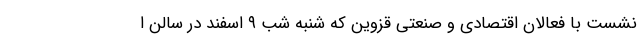
نشست با فعالان اقتصادی و صنعتی قزوین که شنبه شب ۹ اسفند در سالن ا